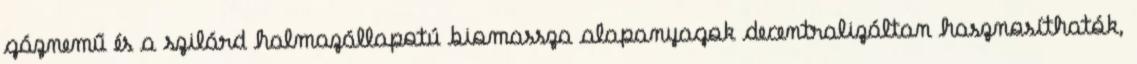
gáznemű és a szilárd halmazállapotú biomassza alapanyagok decentralizáltan hasznosíthatók,